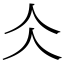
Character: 仌